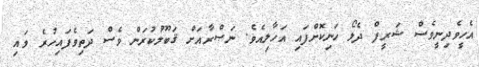
އެހީވެދިނީވެސް ޝަރީފް ދެލޯ ހަނިކޮށްފައި އަހާލިއެވެ. ނަޞްރާއަށް ޤަބޫލުކުރަން ވެސް ދަތިވެފައިހުރެ ވައި